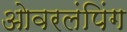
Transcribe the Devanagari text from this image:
ओवरलंपिंग